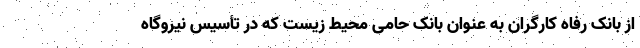
از بانک رفاه کارگران به عنوان بانک حامی محیط زیست که در تأسیس نیروگاه